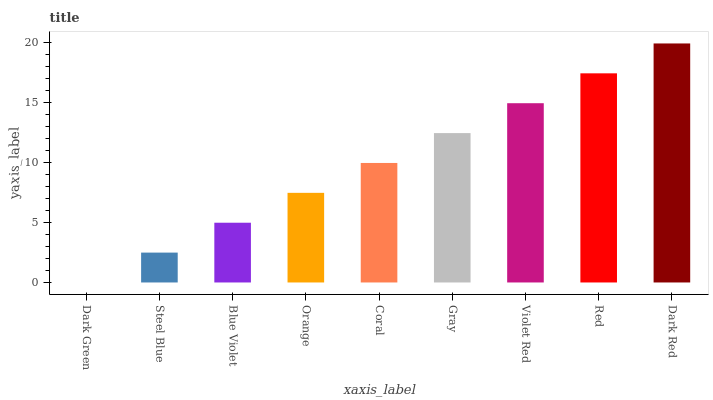
| xaxis_label | bars |
 | --- | --- |
 | Dark Green | 0 |
 | Steel Blue | 2.49 |
 | Blue Violet | 4.97 |
 | Orange | 7.46 |
 | Coral | 9.95 |
 | Gray | 12.4 |
 | Violet Red | 14.9 |
 | Red | 17.4 |
 | Dark Red | 19.9 |